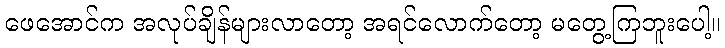
ဖေအောင်က အလုပ်ချိန်များလာတော့ အရင်လောက်တော့ မတွေ့ကြဘူးပေါ့။